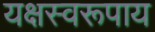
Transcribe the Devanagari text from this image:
यक्षस्वरूपाय